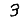
Digit: 3